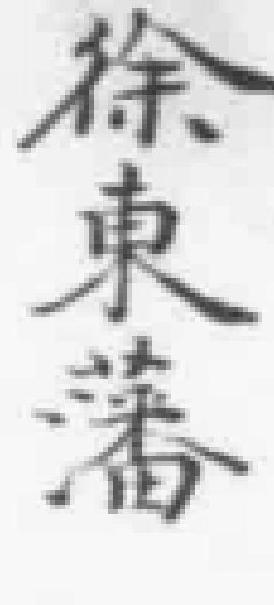
徐東藩